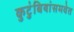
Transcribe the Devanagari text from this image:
कुटुंबियांसमवेत